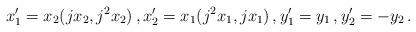
LaTeX: \begin{align*}x_1^\prime = x_2 (j x_2, j^2 x_2) \, , x_2^\prime = x_1 (j^2 x_1 , j x_1) \, , y_1^\prime = y_1 \, , y_2^\prime = - y_2 \, . \end{align*}